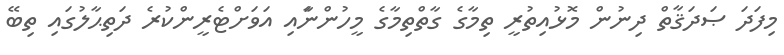
މިފަދަ ޞަދަޤާތް ދިނުން މޮޅުއިތުރީ ތިމާގެ ގާތްތިމާގެ މީހުންނަާއި އަވަށްޓެރީންކުރެ ދަތިޙާލުގައި ތިބޭ